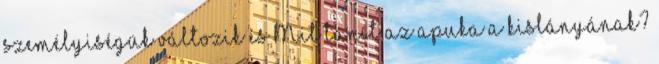
személyiségük változik és Mit tanít az apuka a kislányának?